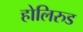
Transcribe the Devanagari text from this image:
होलिरुड